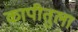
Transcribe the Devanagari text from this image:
कापीतुला